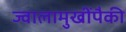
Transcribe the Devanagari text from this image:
ज्वालामुखींपैकी